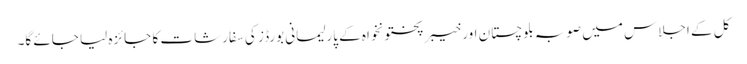
کل کے اجلاس میں صوبہ بلوچستان اور خیبرپختونخواہ کے پارلیمانی بورڈز کی سفارشات کا جائزہ لیا جائے گا۔